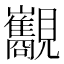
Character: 𧢧